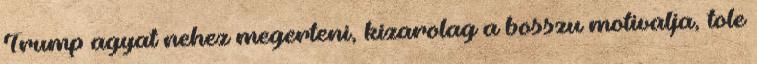
Trump agyat nehez megerteni, kizarolag a bosszu motivalja, tole